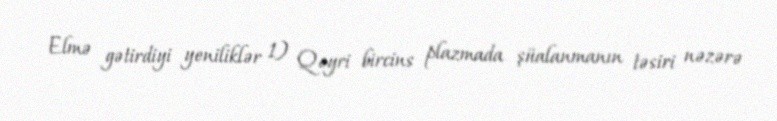
Elmə gətirdiyi yeniliklər 1) Qeyri bircins plazmada şüalanmanın təsiri nəzərə